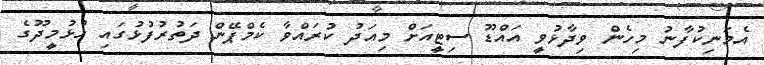
އެމަނިކުފާނު މިހެން ވިދާޅުވީ އައްޑޫ ސިޓީއަށް މިއަދު ކުރައްވާ ކެމްޕޭން ދަތުރުފުޅުގައި ހުޅުމީދޫގެ